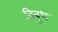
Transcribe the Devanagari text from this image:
बिबुध